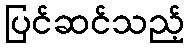
ပြင်ဆင်သည့်